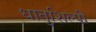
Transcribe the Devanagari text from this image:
धातुशिल्पी